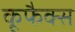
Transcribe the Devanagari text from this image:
कूफैक्स